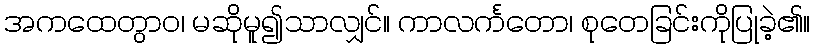
အကထေတွာဝ၊ မဆိုမူ၍သာလျှင်။ ကာလင်္ကတော၊ စုတေခြင်းကိုပြုခဲ့၏။